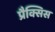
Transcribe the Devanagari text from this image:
प्रैक्सिस